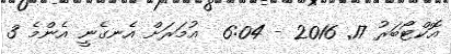
އޮކްޓޯބަރު 17